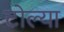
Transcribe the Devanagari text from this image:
टोल्या